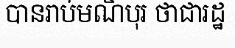
បានរាប់មណិបុរ ថាជារដ្ឋ